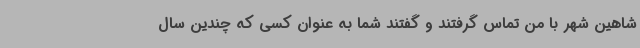
شاهین شهر با من تماس گرفتند و گفتند شما به عنوان کسی که چندین سال